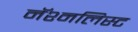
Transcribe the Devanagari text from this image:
नॅश्नलिस्ट